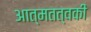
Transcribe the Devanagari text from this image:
आत्मतत्वकी